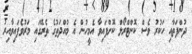
ދުންފަތާއި ހަކުރު ވެސް ކޮންޓްރޯލް ކޮށްފައިވާ އެމީހުން އެ މުއްދަތުގެ ތެރޭގައި މަރުވެފައިވާއިރު